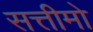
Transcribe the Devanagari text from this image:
सत्तीमो